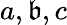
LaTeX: a,\mathfrak{b},c